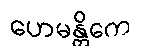
ဟေမန္တိကေ